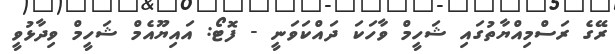
ރޭގެ ރަސްމިއްޔާތުގައި ޝަހީމް ވާހަކަ ދައްކަވަނީ - ފޮޓޯ: އައިޔޫއެމް ޝަހީމް ވިދާޅުވީ